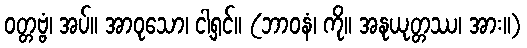
ဝတ္တဗ္ဗံ၊ အပ်။ အာဝုသော၊ ငါ့ရှင်။ (ဘာဝနံ၊ ကို။ အနုယုတ္တဿ၊ အား။)